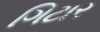
ગિટાર